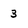
Character: 3